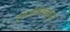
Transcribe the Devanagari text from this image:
एसआयडब्ल्युएस